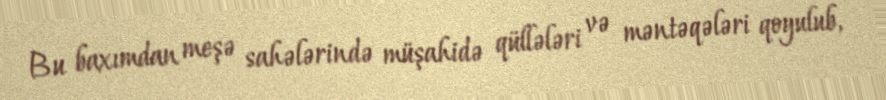
Bu baxımdan meşə sahələrində müşahidə qüllələri və məntəqələri qoyulub,